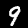
Label: 9